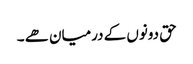
حق دونوں کے درمیان ھے ۔